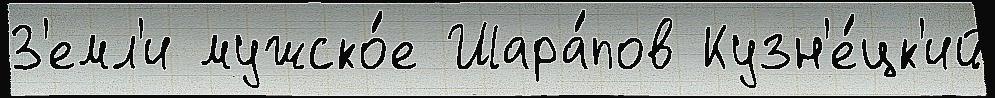
З'емл'и мужско́е Шара́пов Кузн'е́цк'ий